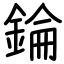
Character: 錀